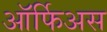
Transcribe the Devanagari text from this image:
ऑर्फिअस